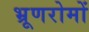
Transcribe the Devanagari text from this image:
भ्रूणरोमों